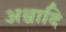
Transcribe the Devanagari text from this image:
अश्वादि